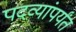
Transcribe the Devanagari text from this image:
पदव्यांपर्यंत